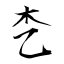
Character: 朰